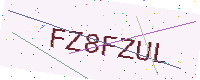
Text: FZ8FZUL